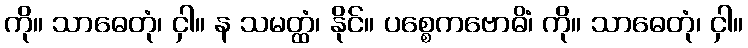
ကို။ သာဓေတုံ၊ ငှါ။ န သမတ္ထံ၊ နိုင်။ ပစ္စေကဗောဓိံ၊ ကို။ သာဓေတုံ၊ ငှါ။